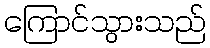
ကြောင်သွားသည်